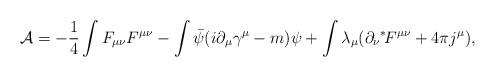
LaTeX: \begin{align*}{\cal A} = -\frac{1}{4} \int F_{\mu\nu} F^{\mu\nu} - \int \bar{\psi}(i \partial_\mu \gamma^\mu -m)\psi + \int \lambda_\mu (\partial_\nu \mbox{}^*\! F^{\mu\nu} + 4\pi j^\mu),\end{align*}